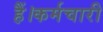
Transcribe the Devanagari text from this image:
हैं।कर्मचारी